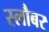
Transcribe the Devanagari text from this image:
स्लौबर